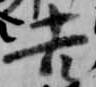
吉